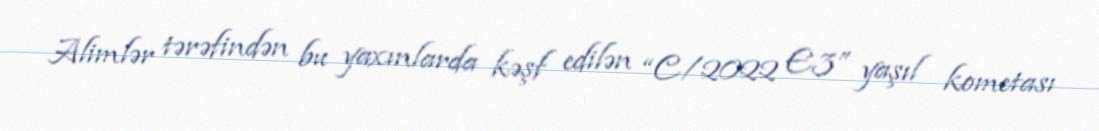
Alimlər tərəfindən bu yaxınlarda kəşf edilən “C/2022 E3” yaşıl kometası